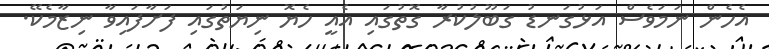
އެހެން ނަމަވެސް އަޅުގަނޑު ގަބޫލުކުރާ ގޮތުގައި އެއީ ހެޔޮ ނިޔަތުގައި ފަށާފައިވާ ނިޒާމެކޭ.